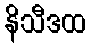
နိသီဒထ